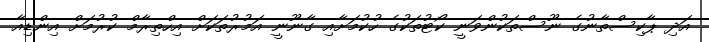
އަދިި ޕާކިސްތާނުގެ ނޫސްތަކުންވަނީ ކޯޓުތަކުގެ ހުކުމަށާއި ގާނޫނީ އަމުރުތަކަށް އިހްތިރާމް ކުރުމަށް އިންޑިއާ